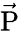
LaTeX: \vec{\mathrm{P}}